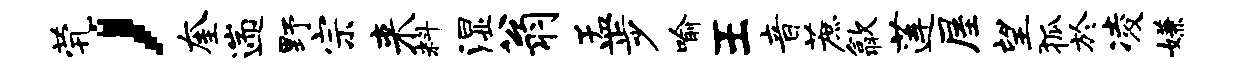
茕，奎遄野宗来料湿翁孟步喻王音蔗歙莲屋望狐於凌嫌